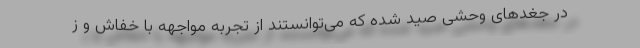
در جغدهای وحشی صید شده که می‌توانستند از تجربه مواجهه با خفاش و ز